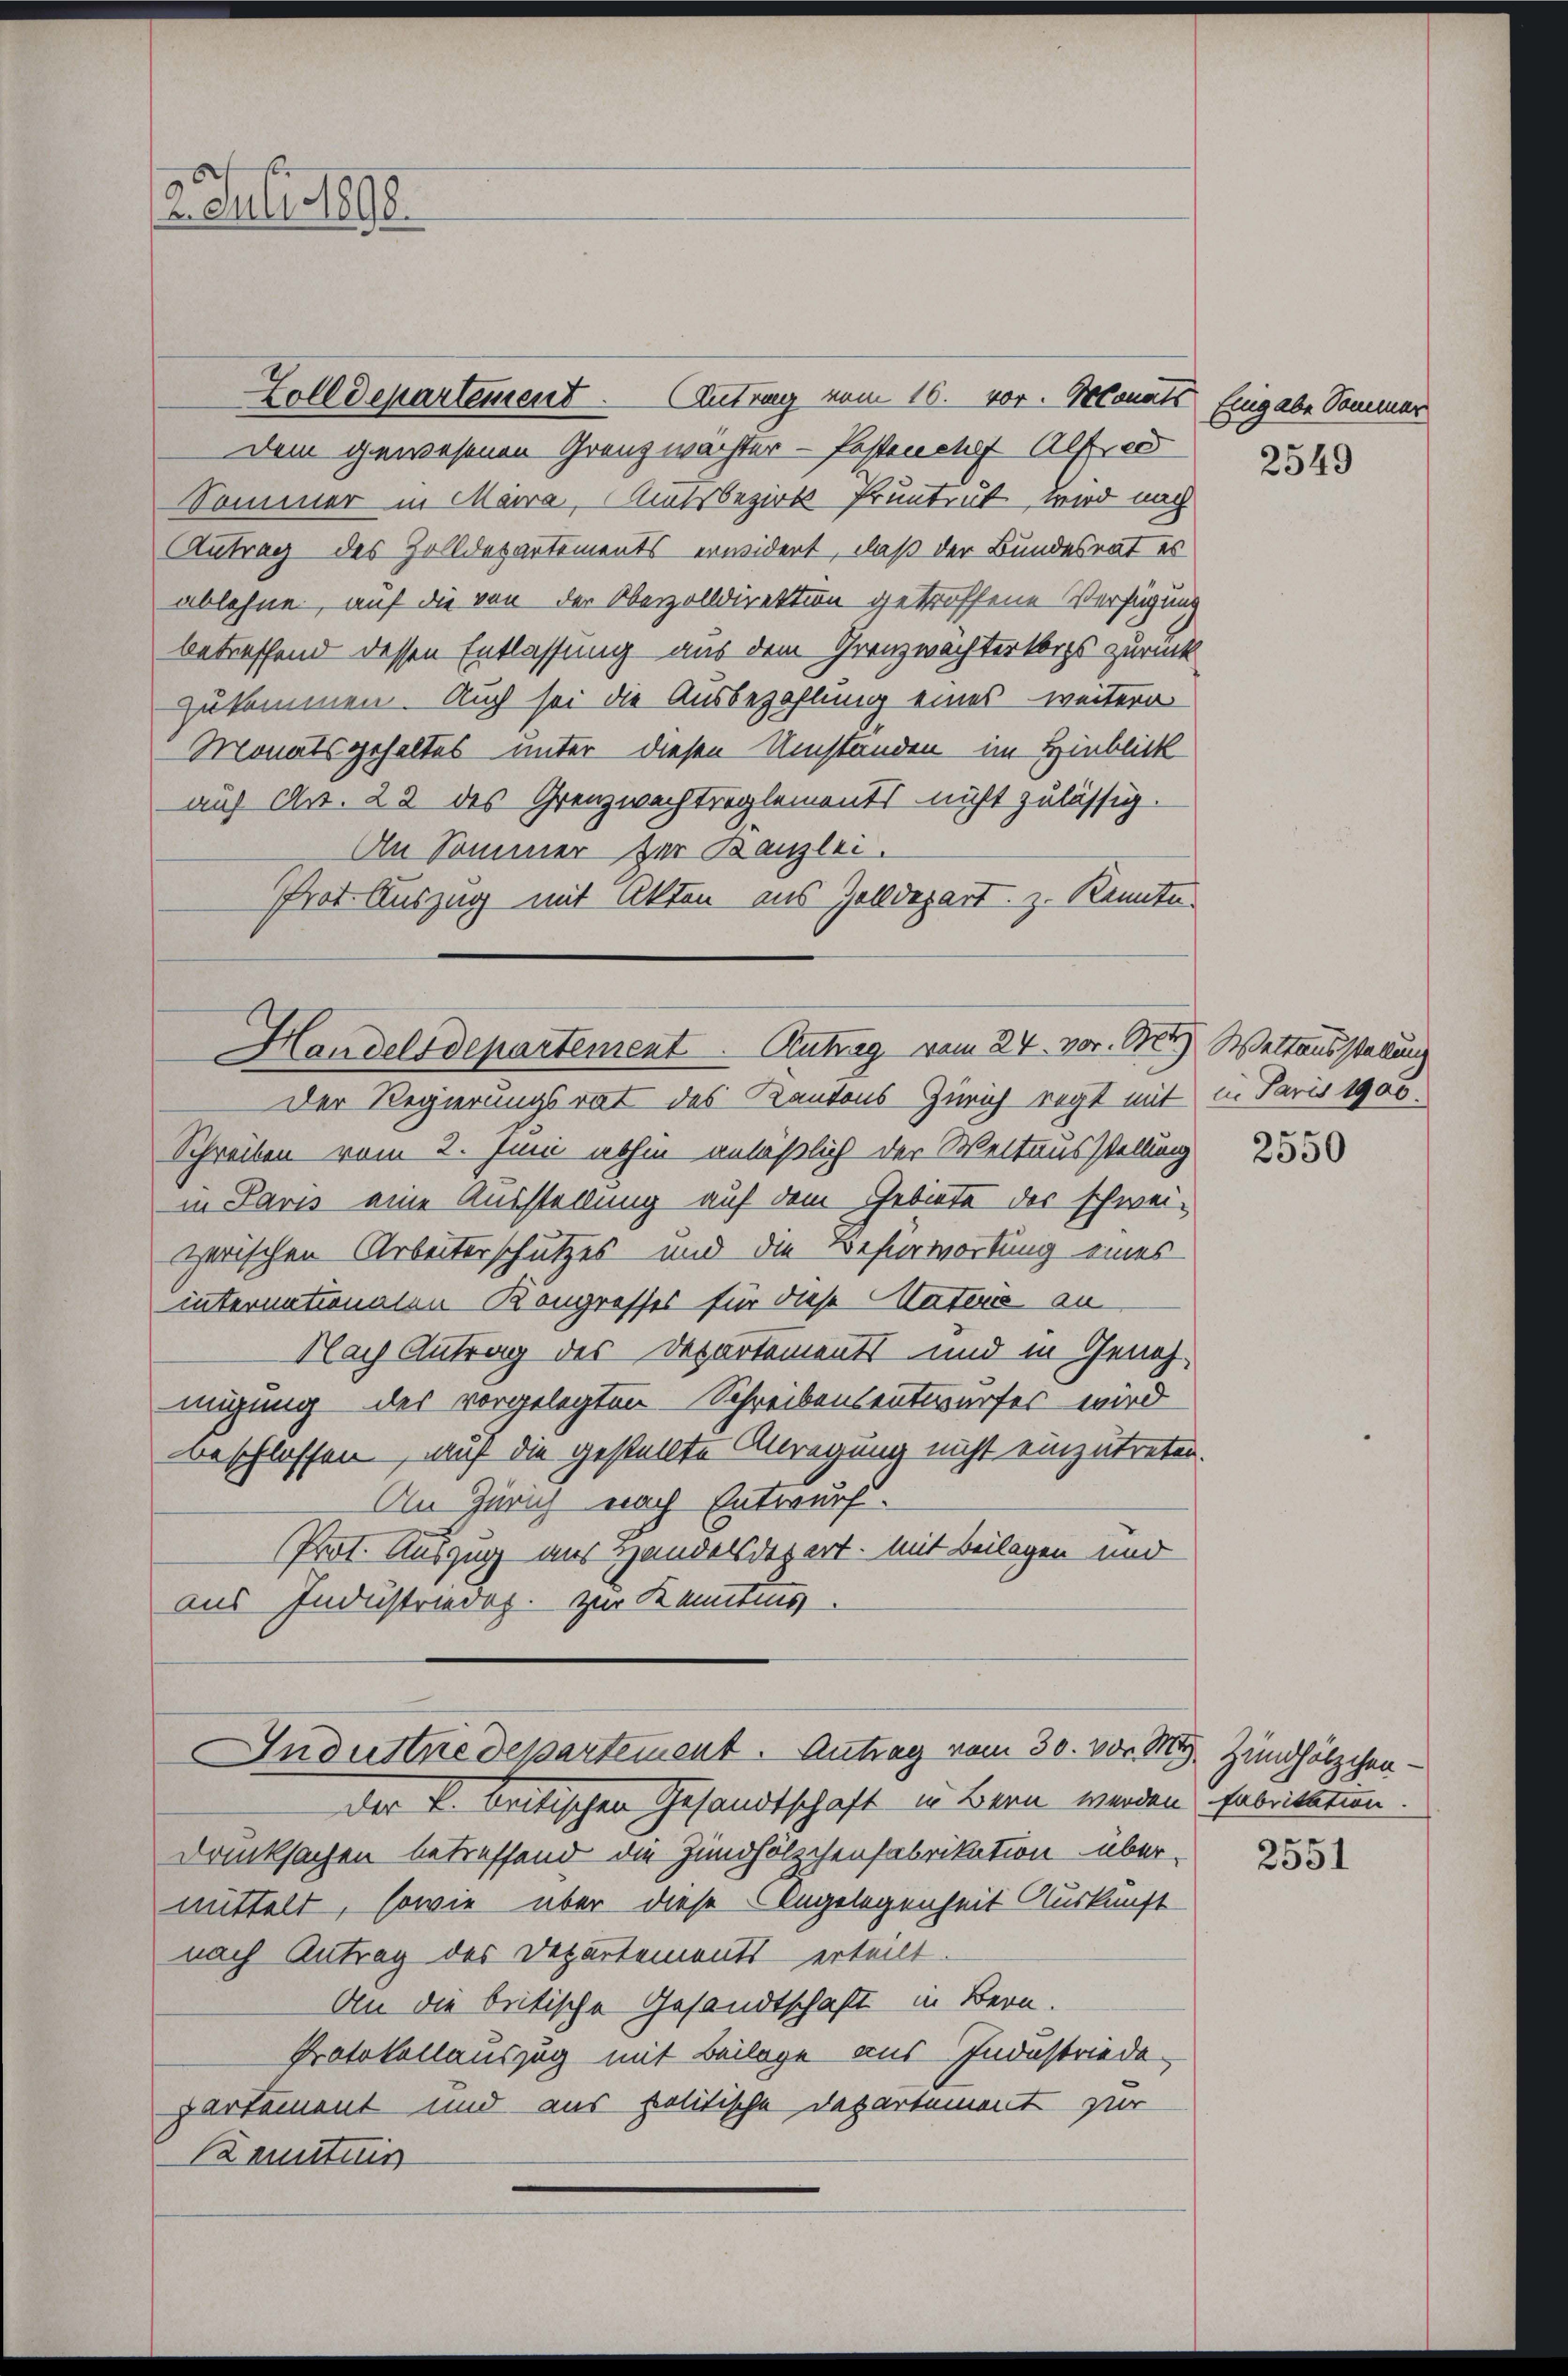
12. Juli 1890.

Zolldepartement. Antrag vom 10. vor. Oeconats Eingabe Sommer
Dem gewesenen Grenz wächter - fastenchef Alfer
Sommer in Marra, Amtsbezirk Pruntrut wird nach
Antrag des Zolldepartements erwidert, daß der Bundesrat es
ablehne, auf die von der Oberzolldirektion getroffene Verfügung
betreffend dessen Entlassung aus dem Granzwächterkorps zurück
zukommen. Auch sei die Ausbezahlung eines weitern
Monatsgehaltes unter diesen Umständen im Hinblick
auf Art. 22 des Grenzwachtreglements nicht zulässig.
An Sommer zur Kanzlei.
Prot. Auszug mit Akten aus Zolldepart. z. Kenntn

Handelsdepartement. Antrag vom 24. vor. B. Weltausstellung
Der Regierungsrat des Kantons Zürich regt mit in Paris 1905.

Schreiben vom 2. Juni abhin anläßlich der Weltausstellung
in Paris eine Ausstellung auf dem Gebiete des schwei-
zerischen Arbeiterschutzes und die Befürwortung eines
internationalen Kongresses für diese Materie an
Nach Antrag des Departements und in Genehmigung des vorgelegten Schreibensentwurfes wird
Beschlossen, auf die gestellte Anregung nicht einzutreten.
An Zürich nach Entwurf
Prot. Auszug aus Handelsdepert. Mit Beilagen und
aus Industriedig. Zur Kenntnis

Industredepartement. Antrag vom 30. vor. M.
Der B. beitischen Gesandtschaft in Bern werden Fabritation.

Druksachen betreffend die Zündhölzchenfabrikation übermittelt, sowie aber diese Angelegenheit Auskunft
nach Antrag des Departementserteilt.
An die britische Gesandtschaft in Bern.
Protokollauszug mit Beilage aus Industriede
partement und aus politische Departement zur
Kenntnis

2549

2550

Zündhölzchen.

2551